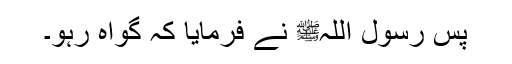
پس رسول اللہﷺ نے فرمایا کہ گواہ رہو۔